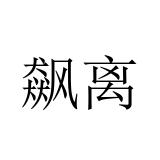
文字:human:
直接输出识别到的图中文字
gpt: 飙离